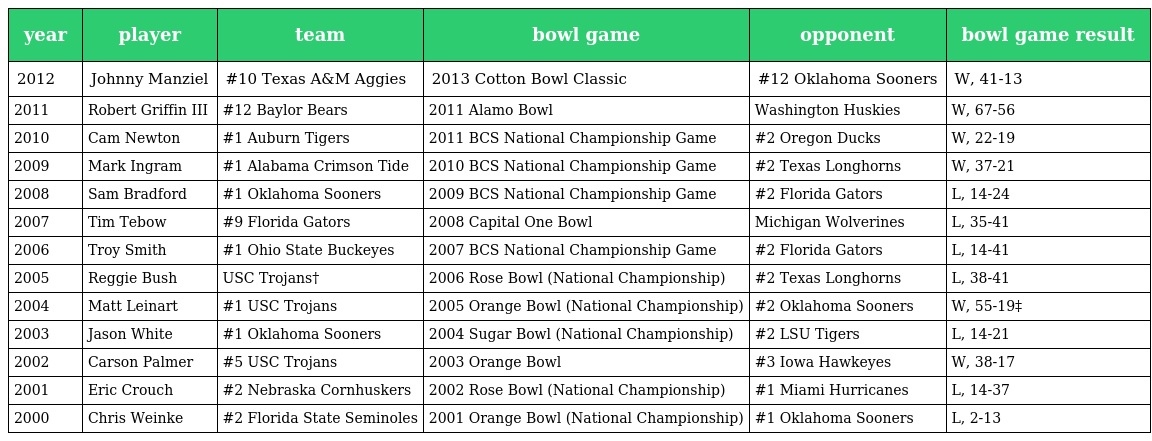
| year | player | team | bowl game | opponent | bowl game result |
 | --- | --- | --- | --- | --- | --- |
 | 2012 | Johnny Manziel | #10 Texas A&M Aggies | 2013 Cotton Bowl Classic | #12 Oklahoma Sooners | W, 41-13 |
 | 2011 | Robert Griffin III | #12 Baylor Bears | 2011 Alamo Bowl | Washington Huskies | W, 67-56 |
 | 2010 | Cam Newton | #1 Auburn Tigers | 2011 BCS National Championship Game | #2 Oregon Ducks | W, 22-19 |
 | 2009 | Mark Ingram | #1 Alabama Crimson Tide | 2010 BCS National Championship Game | #2 Texas Longhorns | W, 37-21 |
 | 2008 | Sam Bradford | #1 Oklahoma Sooners | 2009 BCS National Championship Game | #2 Florida Gators | L, 14-24 |
 | 2007 | Tim Tebow | #9 Florida Gators | 2008 Capital One Bowl | Michigan Wolverines | L, 35-41 |
 | 2006 | Troy Smith | #1 Ohio State Buckeyes | 2007 BCS National Championship Game | #2 Florida Gators | L, 14-41 |
 | 2005 | Reggie Bush | USC Trojans† | 2006 Rose Bowl (National Championship) | #2 Texas Longhorns | L, 38-41 |
 | 2004 | Matt Leinart | #1 USC Trojans | 2005 Orange Bowl (National Championship) | #2 Oklahoma Sooners | W, 55-19‡ |
 | 2003 | Jason White | #1 Oklahoma Sooners | 2004 Sugar Bowl (National Championship) | #2 LSU Tigers | L, 14-21 |
 | 2002 | Carson Palmer | #5 USC Trojans | 2003 Orange Bowl | #3 Iowa Hawkeyes | W, 38-17 |
 | 2001 | Eric Crouch | #2 Nebraska Cornhuskers | 2002 Rose Bowl (National Championship) | #1 Miami Hurricanes | L, 14-37 |
 | 2000 | Chris Weinke | #2 Florida State Seminoles | 2001 Orange Bowl (National Championship) | #1 Oklahoma Sooners | L, 2-13 |